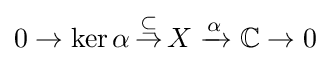
0\to \ker \alpha \,{\overset {\subseteq }{\rightarrow }}\,X\xrightarrow {\alpha } \mathbb {C} \to 0